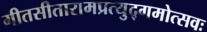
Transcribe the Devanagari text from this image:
गीतसीतारामप्रत्युद्गमोत्सवः